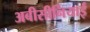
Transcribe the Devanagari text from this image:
अबीसीनियाई